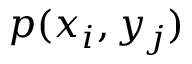
p ( x _ { i } , y _ { j } )